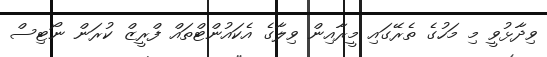
ވިދާޅުވީ މި މަހުގެ ތެރޭގައި މީރާއިން ވިލާގެ އެކައުންޓްތައް ފްރީޒް ކުރަން ނޯޓިސް